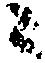
ニ